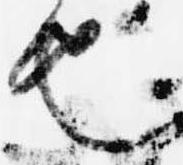
也